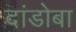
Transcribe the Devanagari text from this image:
दांडोबा